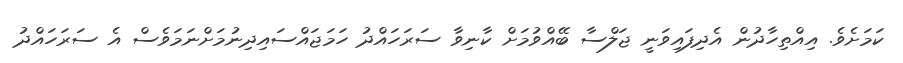
ކަމަށެވެ. އިއްތިހާދުން އެދިފައިވަނީ ޖަލްސާ ބޭއްވުމަށް ކާނިވާ ސަރަހައްދު ހަމަޖައްސައިދިނުމަށްނަމަވެސް އެ ސަރަހައްދު